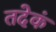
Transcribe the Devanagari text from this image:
तदेकं